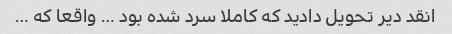
انقد دیر تحویل دادید که کاملا سرد شده بود … واقعا که …